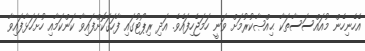
އެހެނިހެން މުއައްސަސާތަކާ ޙިއްޞާކުރުމަށް ވަނީ ހަމަޖެހިފައެވެ. އަދި ރިޕޯޓުގައި ފާހަގަކޮށްފައިވާ ކަންކަމާއި ހުށަހަޅާފައިވާ